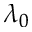
\lambda _ { 0 }